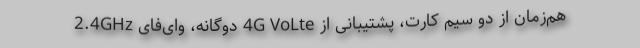
هم‌زمان از دو سیم کارت، پشتیبانی از 4G VoLte دوگانه، وای‌فای 2.4GHz